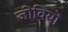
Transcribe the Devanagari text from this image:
जीवियों